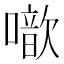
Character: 噷